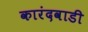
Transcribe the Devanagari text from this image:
कारंदवाडी